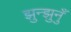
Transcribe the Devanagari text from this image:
झुन्झुनुँ